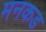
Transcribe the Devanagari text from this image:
मनकड